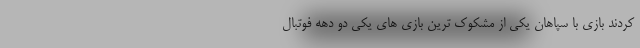
کردند بازی با سپاهان یکی از مشکوک ترین بازی های یکی دو دهه فوتبال